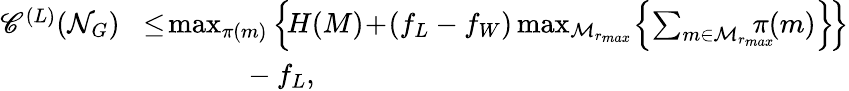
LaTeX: \begin{array}{rl}{\mathscr{C}^{(L)}(\mathcal{N}_{G})\! }&{\leq\! \operatorname*{max}_{\pi(m)}\left\{ \! H(M)\! +\! (f_{L}-f_{W})\operatorname*{max}_{\mathcal{M}_{r_{max}}}\! \left\{ \sum_{m\in\mathcal{M}_{r_{max}}}\! \! \! \! \! \! \pi(m)\right\} \! \right\} }\\ &{~~~~~~~~~~~~~~-f_{L},}\end{array}